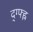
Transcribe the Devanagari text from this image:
द्ग्फ्ह्न